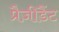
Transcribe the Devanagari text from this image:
प्रैज़ीडैंट